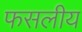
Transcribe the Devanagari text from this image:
फसलीय